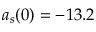
a _ { s } ( 0 ) = - 1 3 . 2